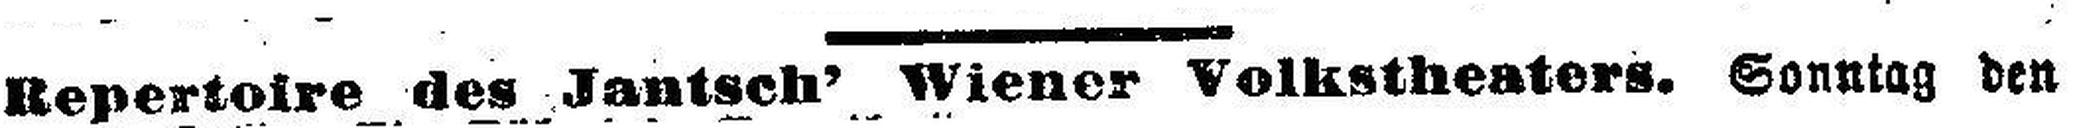
Repertoire des Jantsch' Wiener Volkstheaters. Sonntag den